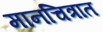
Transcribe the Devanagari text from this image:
मानचित्रात